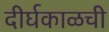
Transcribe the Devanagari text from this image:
दीर्घकाळची